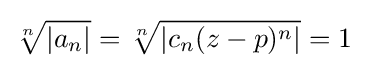
{\sqrt[{n}]{|a_{n}|}}={\sqrt[{n}]{|c_{n}(z-p)^{n}|}}=1